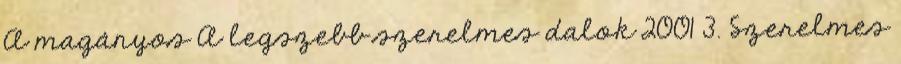
A magányos A legszebb szerelmes dalok 2001 3. Szerelmes